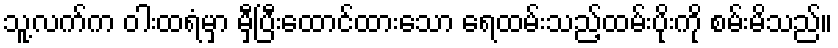
သူ့လက်က ဝါးထရံမှာ မှီပြီးထောင်ထားသော ရေထမ်းသည့်ထမ်းပိုးကို စမ်းမိသည်။